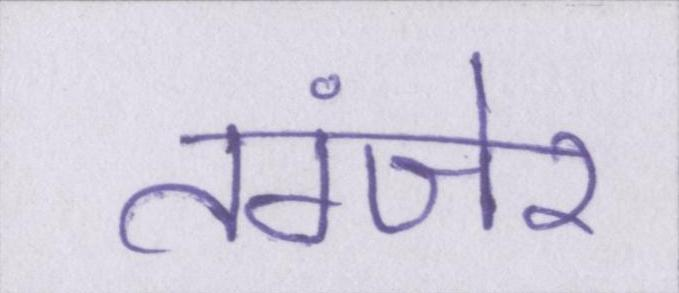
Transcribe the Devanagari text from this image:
तंग्जेर